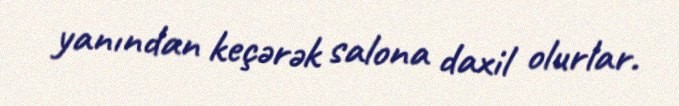
yanından keçərək salona daxil olurlar.